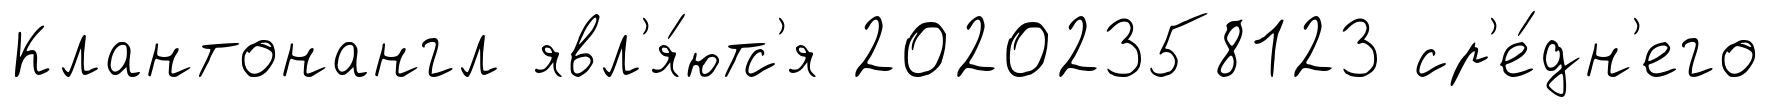
Клантонангл явл'я́ютс'я 20202358123 ср'е́дн'его